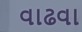
વાઢવા